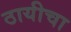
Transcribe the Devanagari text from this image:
ठायीचा